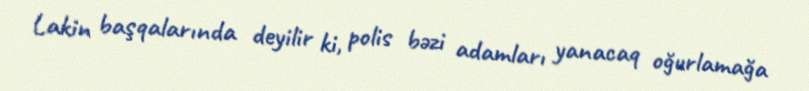
Lakin başqalarında deyilir ki, polis bəzi adamları yanacaq oğurlamağa